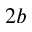
2 b